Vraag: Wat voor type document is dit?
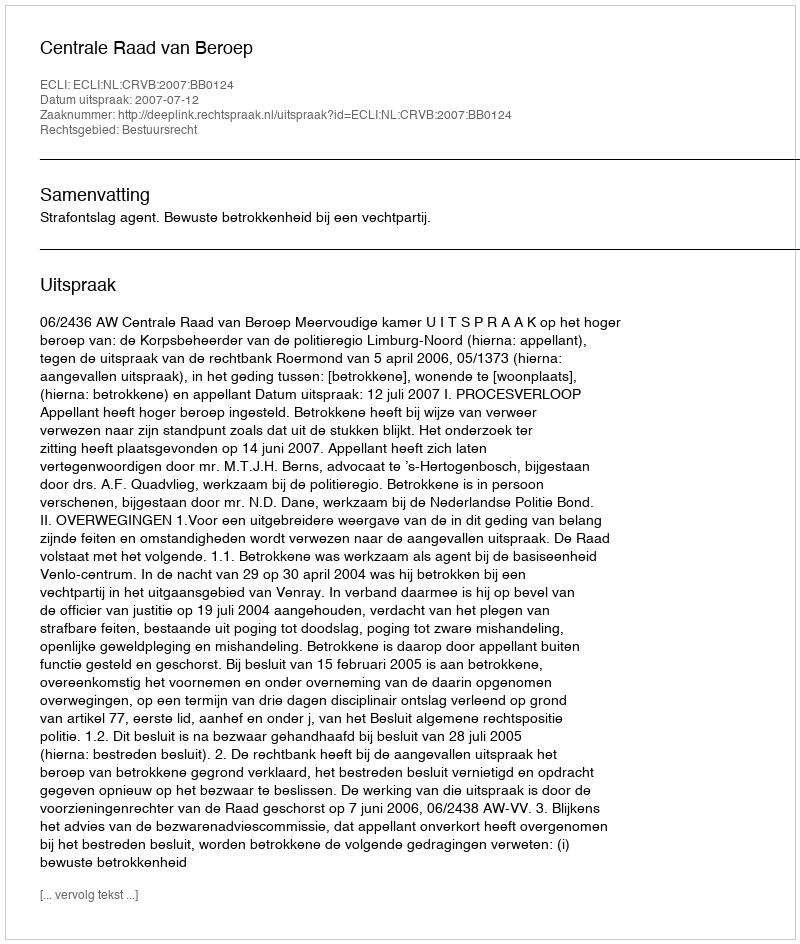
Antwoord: Uitspraak